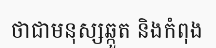
ថាជាមនុស្សឆ្កួត និងកំពុង